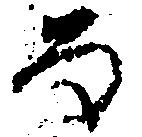
る